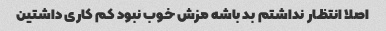
اصلا انتظار نداشتم بد باشه مزش خوب نبود کم کاری داشتین